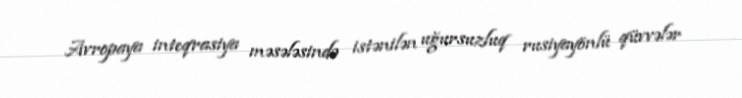
Avropaya inteqrasiya məsələsində istənilən uğursuzluq rusiyayönlü qüvvələr